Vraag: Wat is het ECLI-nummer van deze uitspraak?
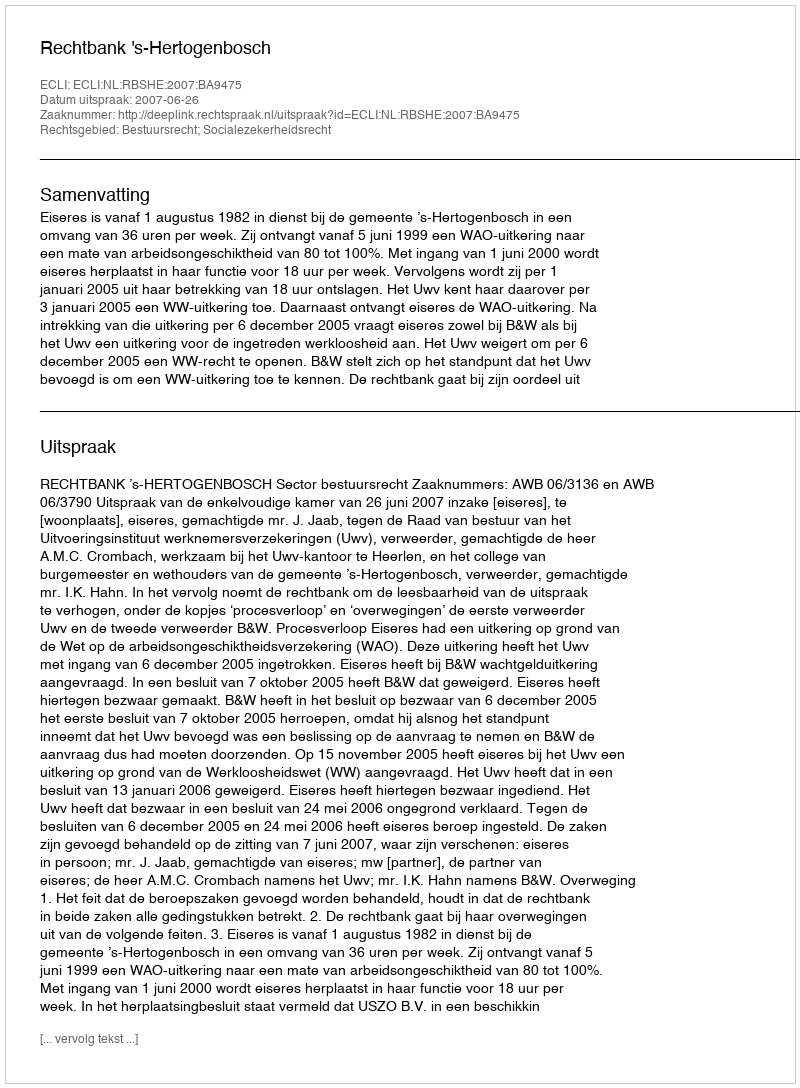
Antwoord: ECLI:NL:RBSHE:2007:BA9475